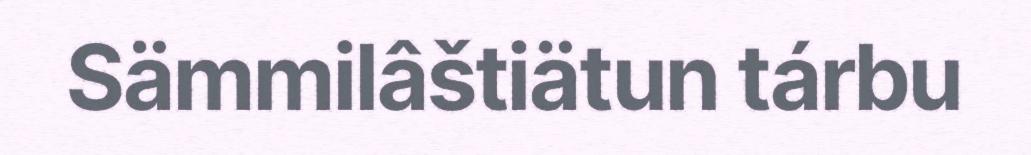
Sämmilâštiätun tárbu